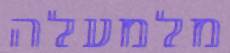
מלמעלה